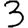
Digit: 3